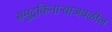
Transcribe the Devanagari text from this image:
समुद्रकिनाऱ्याजवळील